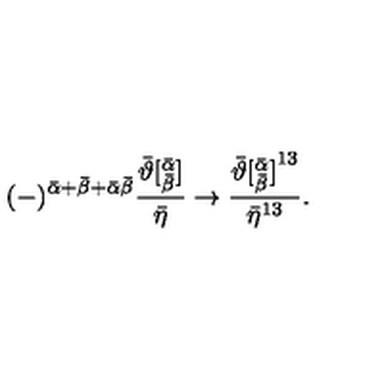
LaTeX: ( - ) ^ { { \bar { \alpha } } + { \bar { \beta } } + \bar { \alpha } \bar { \beta } } \frac { { \bar { \vartheta } } [ _ { \bar { \beta } } ^ { \bar { \alpha } } ] } { { \bar { \eta } } } \rightarrow \frac { { \bar { \vartheta } [ _ { \bar { \beta } } ^ { \bar { \alpha } } ] } ^ { 1 3 } } { { \bar { \eta } } ^ { 1 3 } } .